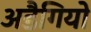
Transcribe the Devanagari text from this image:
अडैगियो